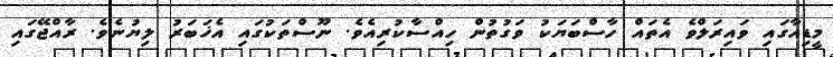
މީޑިއާގައި ވައިރަލްވެ އެތައް ހާސްބަޔަކު ވަގުތުން ހިއްސާކުރިއެވެ. ނޫސްތަކުގައި އެޚަބަރު ލިޔުނެވެ. ރާއްޖޭގައި